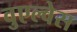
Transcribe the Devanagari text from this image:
वुएल्वेस